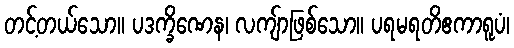
တင့်တယ်သော။ ပဒက္ခိဏေန၊ လကျ်ာဖြစ်သော။ ပရမရတိဧကာရူပံ၊